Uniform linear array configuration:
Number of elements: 4
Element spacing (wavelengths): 0.25
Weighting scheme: binomial
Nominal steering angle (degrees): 60
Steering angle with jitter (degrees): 60.76
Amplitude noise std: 0.05
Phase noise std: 0.05

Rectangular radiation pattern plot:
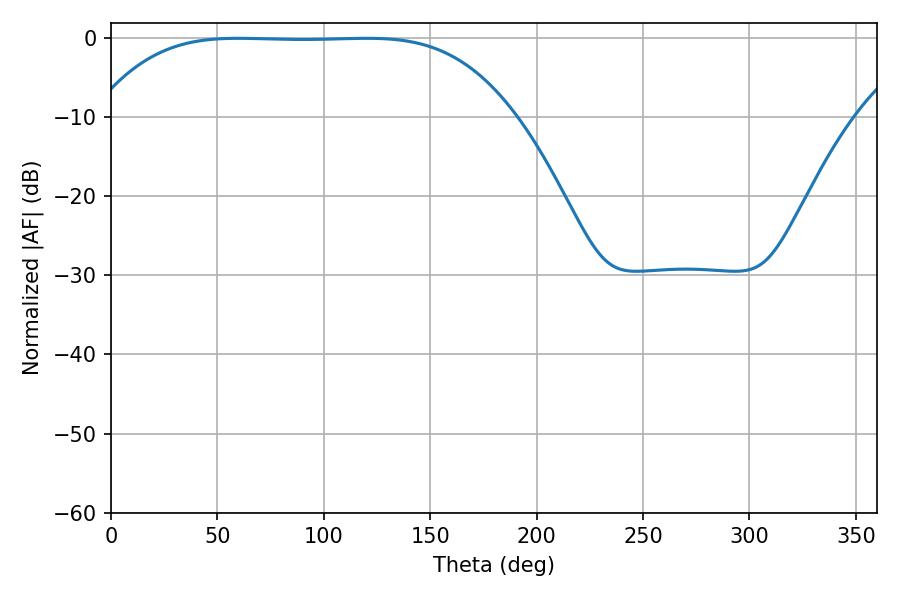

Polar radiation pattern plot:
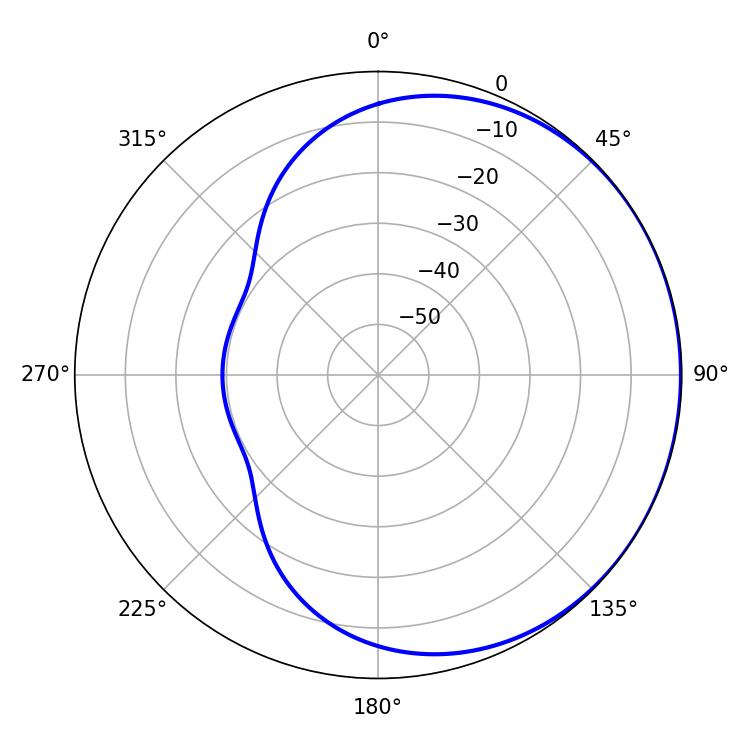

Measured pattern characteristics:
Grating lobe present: FALSE
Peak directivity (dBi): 0.4258
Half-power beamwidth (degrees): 149.76
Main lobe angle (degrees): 59.76